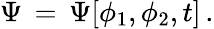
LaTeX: \Psi\, =\, \Psi[\phi_{1},\phi_{2},t]\, .